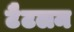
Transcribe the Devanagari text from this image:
टैटलम